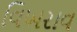
વિખરાવ